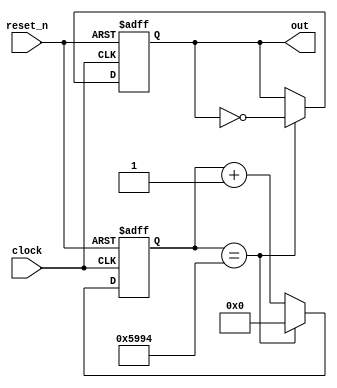
module frequency_generator
#
(
    parameter clock_frequency          = 12000000,  // 12 MHz
              output_frequency_mul_100 = 26163      // Частота ноты До   первой октавы * 100
)
(
    input      clock,
    input      reset_n,
    output reg out
);

    parameter [31:0] period_in_cycles
        = clock_frequency * 100 / output_frequency_mul_100;

    reg [15:0] counter;

    always @(posedge clock or negedge reset_n)
    begin
        if (! reset_n)
        begin
            counter <= 16'b0;
            out     <= 1'b0;
        end
        else
        begin
            if (counter == period_in_cycles / 2 - 1)
            begin
                out     <= ! out;
                counter <= 16'b0;
            end
            else
            begin
                counter <= counter + 16'b1;
            end
        end
    end

endmodule
module top
(
    input         CLK,         // Тактовый сигнал 12 MHz

    output        RGB0_Red,    // Красная часть трехцветного светодиода
    output        RGB0_Green,  // Зеленая часть трехцветного светодиода
    output        RGB0_Blue,   // Синяя часть трехцветного светодиода

    input  [ 1:0] BTN,         // Две кнопки
    inout  [48:1] pio          // GPIO, General-Purpose Input/Output
);

    parameter clock_frequency      = 12000000;

    parameter frequency_c4_mul_100 = 26163,  // Частота ноты До   первой октавы * 100
              frequency_e4_mul_100 = 32963,  // Частота ноты Ми   первой октавы * 100
              frequency_g4_mul_100 = 39200;  // Частота ноты Соль первой октавы * 100
    
    wire clock     = CLK;
    wire button_c4 = BTN [1];
    wire button_e4 = BTN [0];
    wire button_g4 = pio [9];

    frequency_generator
    # (
        .clock_frequency          ( clock_frequency      ),
        .output_frequency_mul_100 ( frequency_c4_mul_100 )
    )
    (
        .clock   ( clock     ),
        .reset_n ( button_c4 ),
        .out     ( note_c4   )
    );

    frequency_generator
    # (
        .clock_frequency          ( clock_frequency      ),
        .output_frequency_mul_100 ( frequency_e4_mul_100 )
    )
    (
        .clock   ( clock     ),
        .reset_n ( button_e4 ),
        .out     ( note_e4   )
    );

    frequency_generator
    # (
        .clock_frequency          ( clock_frequency      ),
        .output_frequency_mul_100 ( frequency_g4_mul_100 )
    )
    (
        .clock   ( clock     ),
        .reset_n ( button_g4 ),
        .out     ( note_g4   )
    );

    assign RGB0_Red   = ~ (note_c4 & button_c4);
    assign RGB0_Green = ~ (note_e4 & button_e4);
    assign RGB0_Blue  = ~ (note_g4 & button_g4);

    assign pio [48]   = note_c4 | note_e4 | note_g4;

endmodule